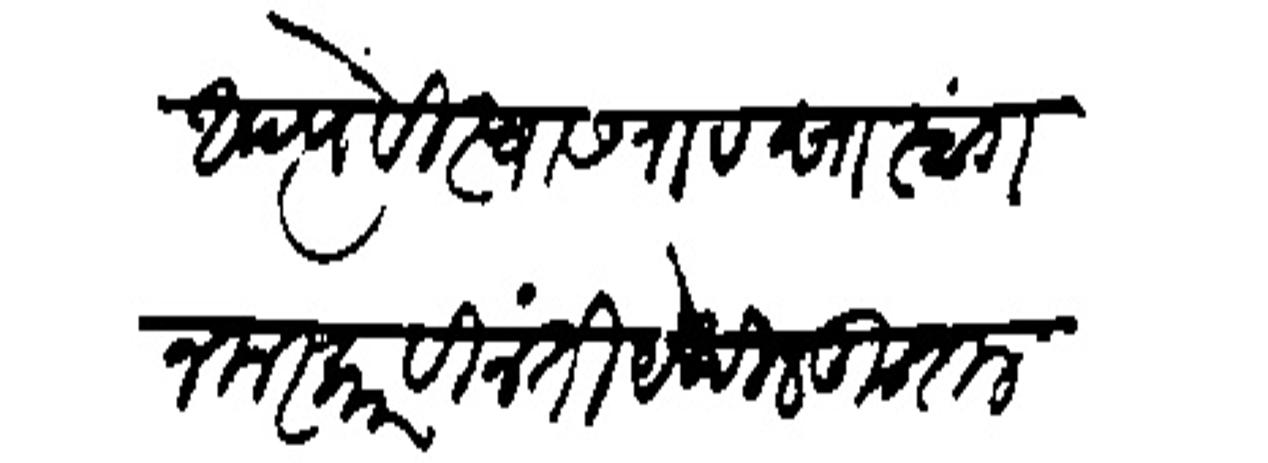
Transliteration (Devanagari): आपत्यें विस्वासराव साष्टांग नमस्कार विनंती येथील कुद्राल